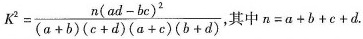
$$K ^ { 2 } = \frac { n ( a d - b c ) ^ { 2 } } { ( a + b ) ( c + d ) ( a + c ) ( b + d ) }$$，其中$$n = a + b + c + d$$.